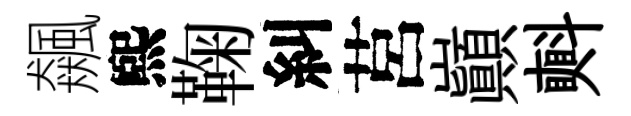
飆煕鞠糾莒巔㪺